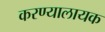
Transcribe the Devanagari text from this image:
करण्यालायक